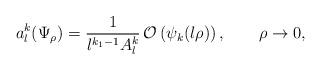
LaTeX: \begin{align*}a_l^k(\Psi_\rho)=\frac{1}{l^{k_1-1}A_l^k}\,\mathcal O\left(\psi_k(l\rho)\right),\qquad\rho\to0,\end{align*}